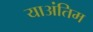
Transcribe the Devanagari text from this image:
याअंतिम